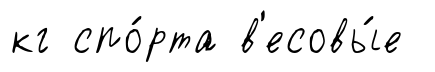
кг спо́рта в'есовы́е